Medical and sanitary report of the native army of Bengal for the year
Year: 1875
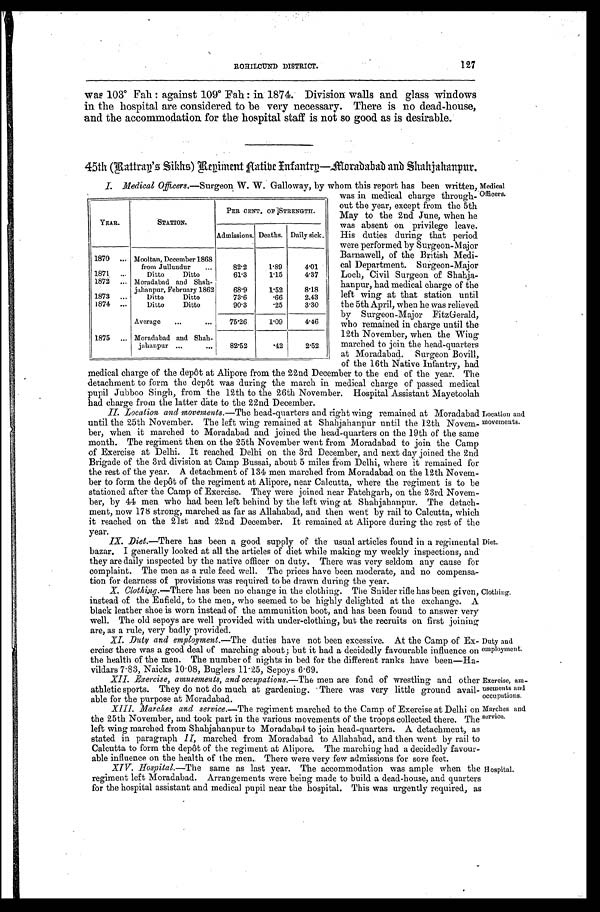
127
OHILCUND DISTRICT.
was 103° Fah : against 109° Fah : in 1874. Division walls and glass windows
in the hospital are considered to be very necessary. There is no dead-house,
and the accommodation for the hospital staff is not so good as is desirable.
45th (Battrag's Sikhs) Regiment Native Infantry—Moradabad and Shahjahanpur.
I. Medical Officers.—Surgeon W. W. Galloway, by whom this report has been written,
was in medical charge through-
out the year, except from the 5th
May to the 2nd June, when he
was absent on privilege leave.
His duties during that period
were performed by Surgeon-Major
Barnawell, of the British Medi-
-cal Department. Surgeon-Major
Loch, Civil Surgeon of Shahja-
-hanpur, had medical charge of the
left wing at that station until
the 5th April, when he was relieved
by Surgeon-Major FitzGerald,
who remained in charge until the
12th November, when the Wing
marched to join the head-quarters
at Moradabad. Surgeon Bovill,
of the 16th Native Infantry, had
medical charge of the depôot at Alipore from the 22nd December to the end of the year. The
detachment to form the depôt was during the march in medical charge of passed medical
pupil Jubboo Singh, from the 12th to the 26th November. Hospital Assistant Mayetoolah
had charge from the latter date to the 22nd December.
II. Location and movements.—The head-quarters and right wing remained at Moradabad
until the 25th November. The left wing remained at Shahjahanpur until the 12th Novem-
- b e r , w h e n i t m a r c h e d t o M o r a d a b a d a n d j o i n e d t h e h e a d - q u a r t e r s o n t h e 1 9 t h o f t h e s a m e
month. The regiment then on the 25th November went from Moradabad to join the Camp
of Exercise at Delhi. It reached Delhi on the 3rd December, and next day joined the 2nd
Brigade of the 3rd division at Camp Bussai, about 5 miles from Delhi, where it remained for
the rest of the year. A detachment of 134 men marched from Moradabad on the 12th Novem--
ber to form the depôt of the regiment at Alipore, near Calcutta, where the regiment is to be
stationed after the Camp of Exercise. They were joined near Fatehgarh, on the 23rd Novem--
ber, by 44 men who had been left behind by the left wing at Shahjahanpur. The detach--
ment, now 178 strong, marched as far as Allahabad, and then went by rail to Calcutta, which
it reached on the 21st and 22nd December. It remained at Alipore during the rest of the
year.
YEAR.
STATION.
PER CENT. OF STRENGTH.
Admissions. Deaths. Daily sick.
1870 . . .
Mooltan, December 1868
from Julluudur . . .
82.2
1.89
4.01
1871 . . .
Ditto
Ditto
61.3
1.15
4.37
1872 . . .
Moradabad and Shah-
jahanpur, February 1862
68.9
1.52
8.18
1873 . . .
Ditto
Ditto
73.6
.66
2.43
1874 . . .
Ditto
Ditto
90.3
.25
3.30
Average . . .
75.26
1.09
4.46
1875 . . .
Moradabad and Shah-
jahanpur . . .
82.52
.42
2.52
Medical
Officers.
Location and
movements.
D i e t . —
T h e r eh
a s b e e n a g o o d s u p p l y o f t h e u s u a l a r t i c l e s f o u n d i n a r e g i m e n t a l
bazar. I generally looked at all the articles of diet while making my weekly inspections, and
they are daily inspected by the native officer on duty. There was very seldom any cause for
complaint. The men as a rule feed well. The prices have been moderate, and no compensa--
tion for dearness of provisions was required to be drawn during the year.
X. Clothing.—There has been no change in the clothing. The Snider rifle has been given,
instead of the Enfield, to the men, who seemed to be highly delighted at the exchange. A
black leather shoe is worn instead of the ammunition boot, and has been found to answer very
well. The old sepoys are well provided with under-clothing, but the recruits on first joining
are, as a rule, very badly provided.
Diet.
Clothing.
XI. Duty and employment.—The duties have not been excessive. At the Camp of Ex-
ercise there was a good deal of marching about; but it had a decidedly favourable influence on
the health of the men. The number of nights in bed for the different ranks have been—Ha--
vildars 7.83, Naicks 10.08, Buglers 11.25, Sepoys 6.69.
XII. _Exercise amusements, and occupations.— The men are fond of wrestling and othe
athletic sports. They do not do much at gardening. There was very little ground avail-
able for the purpose at Moradabad.
Duty and.
employment.
Exercise, am-
usements and
occupations
XIII. Marches and service.—The regiment marched to the Camp of Exercise at Delhi on
the 25th November, and took part in the various movements of the troops collected there. The
left wing marched from Shahjahanpur to Moradabad to join head-quarters. A detachment, as
stated in paragraph II, marched from Moradabad to Allahabad, and then went by rail to
Calcutta to form the depôt of the regiment at Alipore. The marching had a decidedly favour-
- a b l e i n f l u e n c e o n t h e h e a l t h o f t h e m e n . T h e r e w e r e v e r y f e w a d m i s s i o n s f o r s o r e f e e t .
XIV. Hospital.—The same as last year. The accommodation was ample when the
regiment left Moradabad. Arrangements were being made to build a dead-house, and quarters
for the hospital assistant and medical pupil near the hospital. This was urgently required, as
Marches and
service.
Hospital.